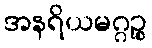
အနရိယမဂ္ဂဉ္စ